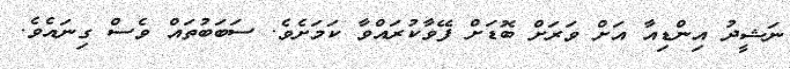
ނަޝީދު އިންޑިއާ އަށް ވަރަށް ބޮޑަށް ފޭވާކުރައްވާ ކަމަށެވެ. ސަބަބުތައް ވެސް ގިނައެވެ.